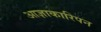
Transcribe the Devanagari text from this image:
आज्ञाकारिपन